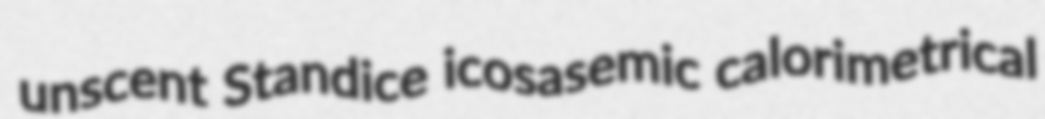
unscent Standice icosasemic calorimetrical